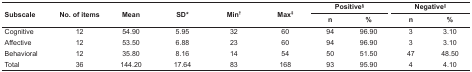
<table><thead><tr><td rowspan="2"><b>Subscale</b></td><td rowspan="2"><b>No. of items</b></td><td rowspan="2"><b>Mean</b></td><td rowspan="2"><b>SD*</b></td><td rowspan="2"><b>Min<sup>†</sup></b></td><td rowspan="2"><b>Max<sup>‡</sup></b></td><td colspan="2"><b>Positive<sup>§</sup></b></td><td></td><td colspan="2"><b>Negative<sup>||</sup></b></td></tr><tr><td><b>n</b></td><td><b>%</b></td><td></td><td><b>n</b></td><td><b>%</b></td></tr></thead><tbody><tr><td> Cognitive</td><td> 12</td><td> 54.90</td><td> 5.95</td><td> 32</td><td> 60</td><td> 94</td><td> 96.90</td><td></td><td> 3</td><td> 3.10</td></tr><tr><td> Affective</td><td> 12</td><td> 53.50</td><td> 6.88</td><td> 23</td><td> 60</td><td> 94</td><td> 96.90</td><td></td><td> 3</td><td> 3.10</td></tr><tr><td> Behavioral</td><td> 12</td><td> 35.80</td><td> 8.16</td><td> 14</td><td> 54</td><td> 50</td><td> 51.50</td><td></td><td> 47</td><td> 48.50</td></tr><tr><td> Total</td><td> 36</td><td> 144.20</td><td> 17.64</td><td> 83</td><td> 168</td><td> 93</td><td> 95.90</td><td></td><td> 4</td><td> 4.10</td></tr></tbody></table>